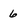
Character: 6